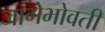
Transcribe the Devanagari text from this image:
जागेभोवती